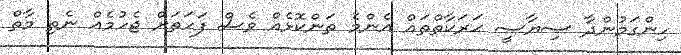
ހިންގަމުންދާ ސިޔާސީ ޙަރަކާތްތައް އެންމެ ތަންކޮޅެއް ވެސް ފަހަތަށް ޖެހުމެއް ނެތި މާތް